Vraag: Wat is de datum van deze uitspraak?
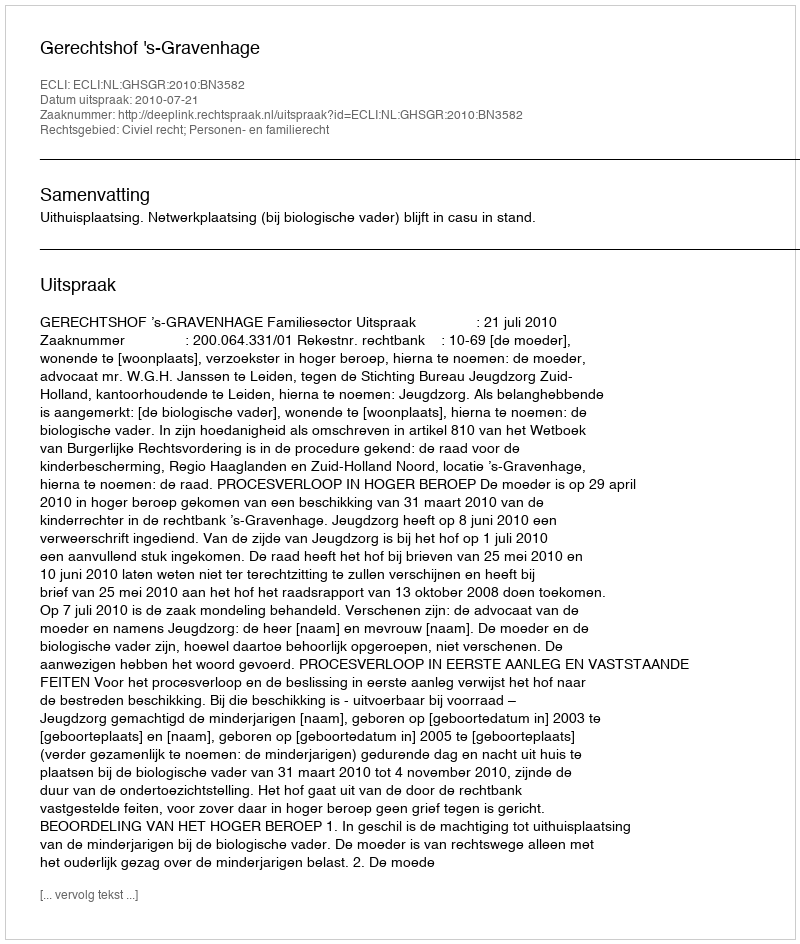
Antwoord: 2010-07-21